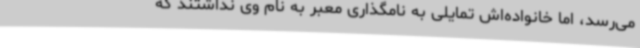
می‌رسد، اما خانواده‌اش تمایلی به نامگذاری معبر به نام وی نداشتند که